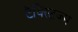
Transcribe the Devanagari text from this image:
टैक्स्टिज्म